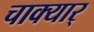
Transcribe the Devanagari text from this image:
चाक्यार्